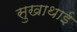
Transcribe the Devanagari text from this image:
सुखाथाई